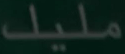
مليك